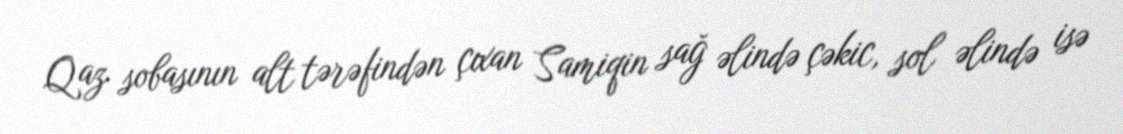
Qaz sobasının alt tərəfindən çıxan Samiqin sağ əlində çəkic, sol əlində isə